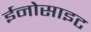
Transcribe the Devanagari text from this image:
ईनोसाइट